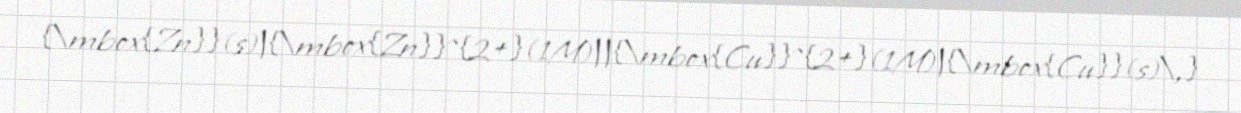
{\mbox{Zn}}(s)|{\mbox{Zn}}^{2+}(1M)||{\mbox{Cu}}^{2+}(1M)|{\mbox{Cu}}(s)\,}